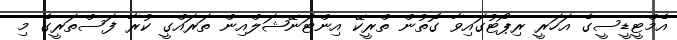
އެމްޓީޑީސީގެ އަހަރީ ރިޕޯޓުގައިވާ ގޮތުން ތްރީކޭ އިންޓަނޭޝަލްއިން ތަރައްގީ ކުރާ ފަސްތަރީގެ މި